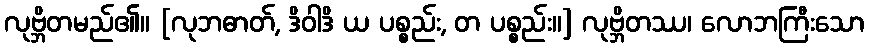
လုဗ္ဘိတမည်၏။ [လုဘဓာတ်, ဒိဝါဒိ ယ ပစ္စည်း, တ ပစ္စည်း။] လုဗ္ဘိတဿ၊ လောဘကြီးသော